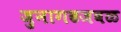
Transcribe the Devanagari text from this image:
जुनागढजवळ